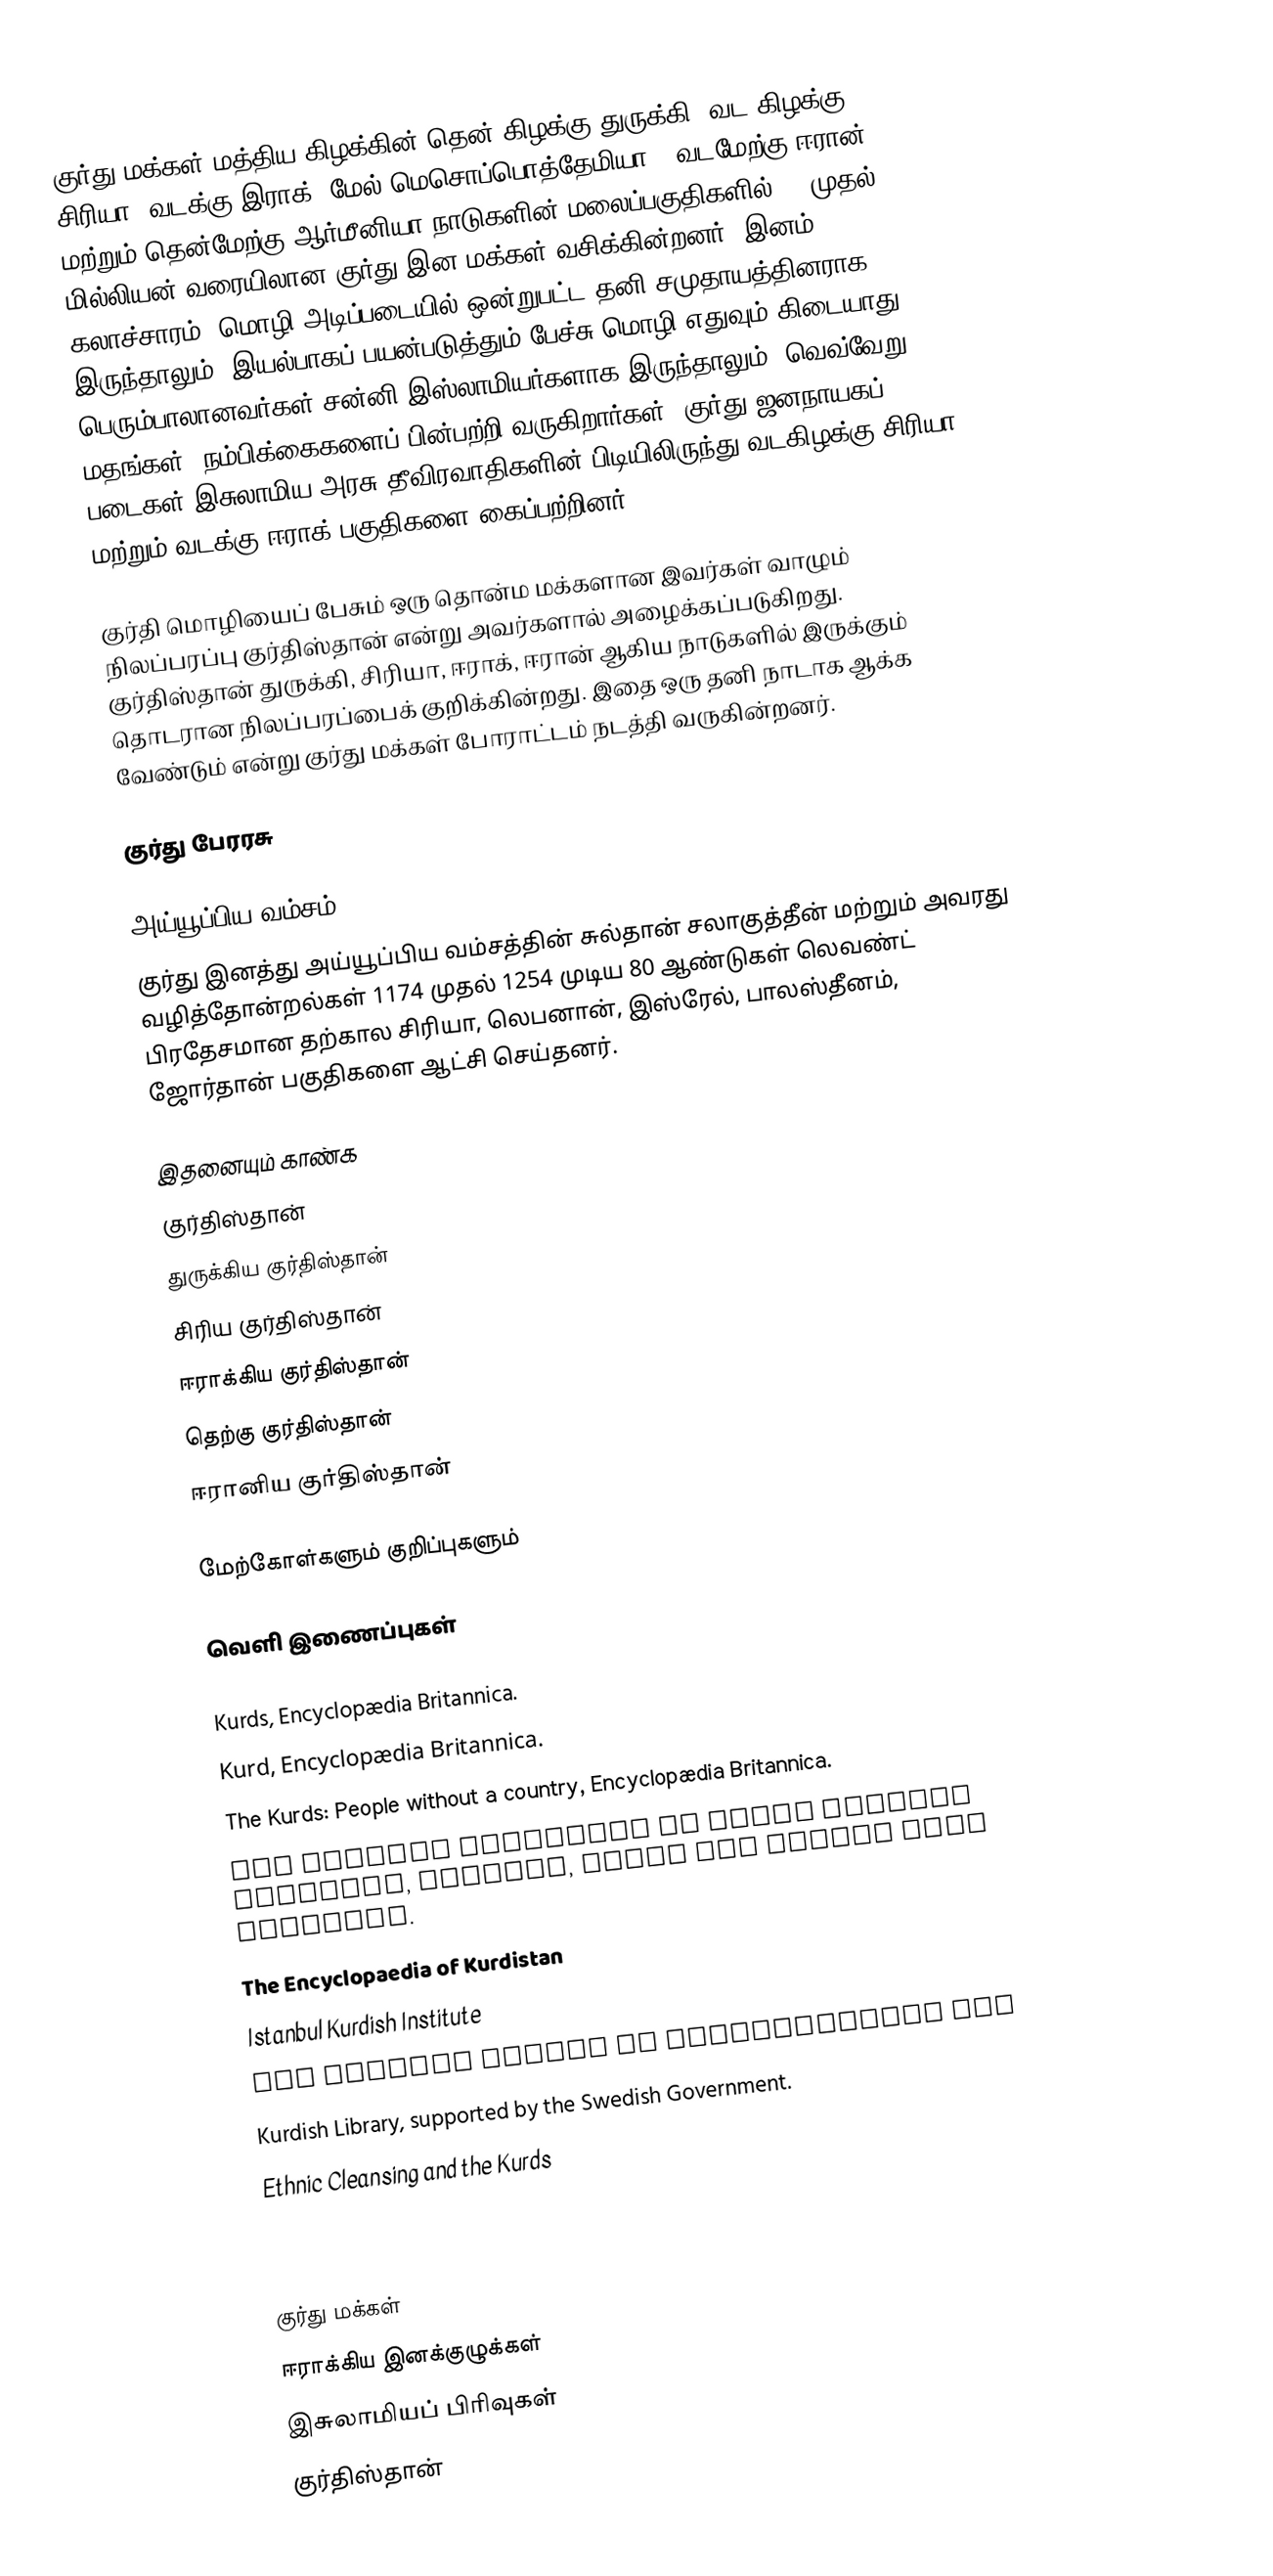
குர்து மக்கள் மத்திய கிழக்கின் தென் கிழக்கு துருக்கி, வட கிழக்கு சிரியா, வடக்கு இராக் (மேல் மெசொப்பொத்தேமியா), வடமேற்கு ஈரான் மற்றும் தென்மேற்கு ஆர்மீனியா நாடுகளின் மலைப்பகுதிகளில்   25 முதல் 35 மில்லியன் வரையிலான குர்து இன மக்கள் வசிக்கின்றனர்.  இனம், கலாச்சாரம், மொழி அடிப்படையில் ஒன்றுபட்ட தனி சமுதாயத்தினராக இருந்தாலும், இயல்பாகப் பயன்படுத்தும் பேச்சு மொழி எதுவும் கிடையாது. பெரும்பாலானவர்கள் சன்னி இஸ்லாமியர்களாக இருந்தாலும், வெவ்வேறு மதங்கள், நம்பிக்கைகளைப் பின்பற்றி வருகிறார்கள். குர்து ஜனநாயகப் படைகள் இசுலாமிய அரசு தீவிரவாதிகளின் பிடியிலிருந்து வடகிழக்கு சிரியா மற்றும் வடக்கு ஈராக் பகுதிகளை கைப்பற்றினர்.

குர்தி மொழியைப் பேசும் ஒரு தொன்ம மக்களான இவர்கள் வாழும் நிலப்பரப்பு குர்திஸ்தான் என்று அவர்களால் அழைக்கப்படுகிறது. குர்திஸ்தான் துருக்கி, சிரியா, ஈராக், ஈரான் ஆகிய நாடுகளில் இருக்கும் தொடரான நிலப்பரப்பைக் குறிக்கின்றது. இதை ஒரு தனி நாடாக ஆக்க வேண்டும் என்று குர்து மக்கள் போராட்டம் நடத்தி வருகின்றனர்.

குர்து பேரரசு

அய்யூப்பிய வம்சம்
குர்து இனத்து அய்யூப்பிய வம்சத்தின் சுல்தான் சலாகுத்தீன் மற்றும் அவரது வழித்தோன்றல்கள் 1174 முதல் 1254 முடிய 80 ஆண்டுகள் லெவண்ட் பிரதேசமான தற்கால சிரியா, லெபனான், இஸ்ரேல், பாலஸ்தீனம், ஜோர்தான் பகுதிகளை ஆட்சி செய்தனர்.

இதனையும் காண்க
 குர்திஸ்தான்
 துருக்கிய குர்திஸ்தான்
 சிரிய குர்திஸ்தான்
 ஈராக்கிய குர்திஸ்தான்
 தெற்கு குர்திஸ்தான்
 ஈரானிய குர்திஸ்தான்

மேற்கோள்களும் குறிப்புகளும்

வெளி இணைப்புகள்

 Kurds, Encyclopædia Britannica.
 Kurd, Encyclopædia Britannica.
 The Kurds: People without a country, Encyclopædia Britannica.
 The Kurdish Institute of Paris Kurdish language, history, books and latest news articles.
 The Encyclopaedia of Kurdistan
 Istanbul Kurdish Institute
 The Kurdish Center of International Pen
 Kurdish Library, supported by the Swedish Government.
 Ethnic Cleansing and the Kurds
 The Kurds in the Ottoman Hungary by Zurab Aloian
 "The Other Iraq" Kurdish Information Website

குர்து மக்கள்
ஈராக்கிய இனக்குழுக்கள்
இசுலாமியப் பிரிவுகள்
குர்திஸ்தான்